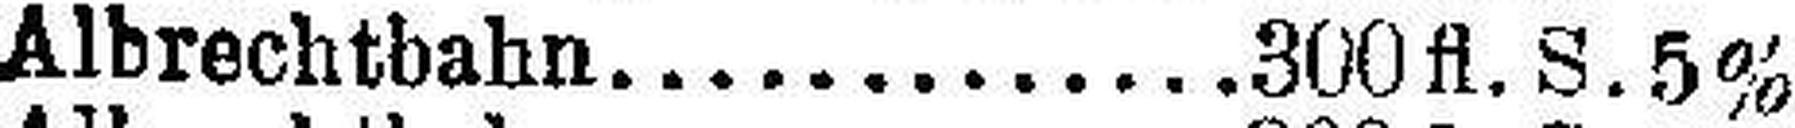
Albrechtbahn 300 fl. S. 5%